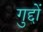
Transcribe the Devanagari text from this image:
गुद्दों